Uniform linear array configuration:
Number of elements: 12
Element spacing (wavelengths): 0.25
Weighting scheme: kaiser
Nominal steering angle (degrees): -60
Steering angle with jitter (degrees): -58.675
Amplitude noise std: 0.05
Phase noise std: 0.05

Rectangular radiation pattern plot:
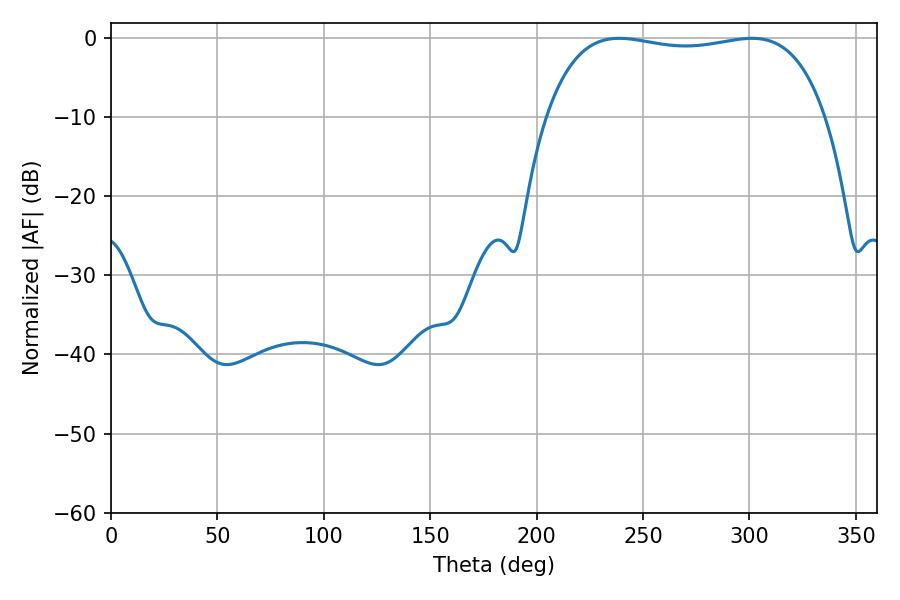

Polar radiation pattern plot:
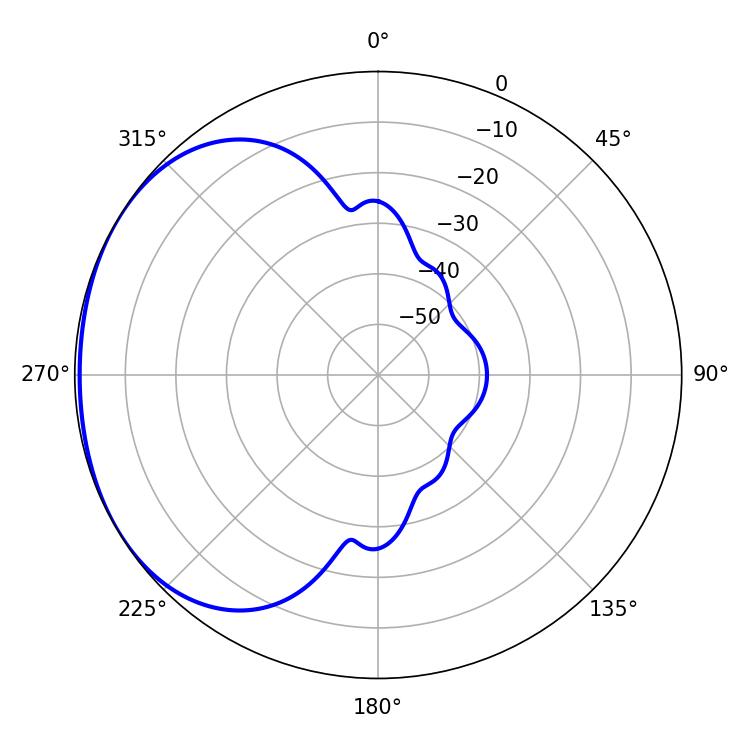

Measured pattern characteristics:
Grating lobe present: FALSE
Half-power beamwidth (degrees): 105.48
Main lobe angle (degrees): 238.86